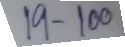
19 - 100